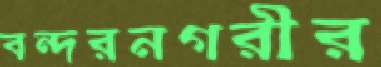
বন্দরনগরীর